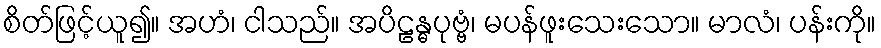
စိတ်ဖြင့်ယူ၍။ အဟံ၊ ငါသည်။ အပိဠန္ဓပုဗ္ဗံ၊ မပန်ဖူးသေးသော။ မာလံ၊ ပန်းကို။